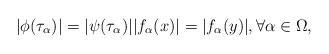
LaTeX: \begin{align*}|\phi(\tau_\alpha)|=|\psi(\tau_\alpha)||f_\alpha(x)|=|f_\alpha(y)|, \forall \alpha \in \Omega,\end{align*}